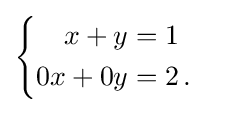
{\begin{cases}{\begin{aligned}x+y&=1\\0x+0y&=2\,.\end{aligned}}\end{cases}}